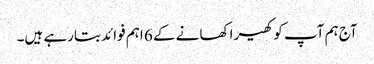
آج ہم آپ کو کھیرا کھانے کے 6 اہم فوائد بتارہے ہیں۔